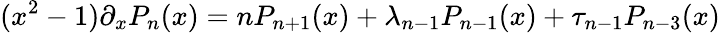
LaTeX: (x^{2}-1)\partial_{x}P_{n}(x)=nP_{n+1}(x)+\lambda_{n-1}P_{n-1}(x)+\tau_{n-1}P_{n-3}(x)